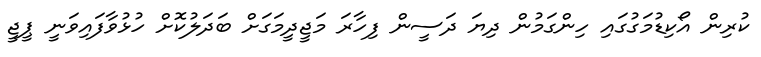
ކުރިން އޯކިޑުމަގުގައި ހިންގަމުން ދިޔަ ދަސީން ފިހާރަ މަޖީދީމަގަށް ބަދަލުކޮށް ހުޅުވާފައިވަނީ ޕީޖީ